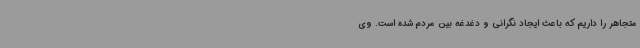
متجاهر را داریم که باعث ایجاد نگرانی و دغدغه بین مردم شده است. وی